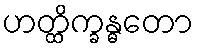
ဟတ္ထိက္ခန္ဓတော